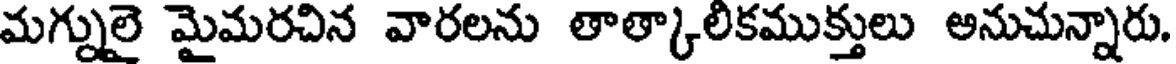
మగ్నులై మైమరచిన వారలను తాత్కాలికముక్తులు అనుచున్నారు.